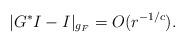
LaTeX: \begin{align*}|G^{*} I - I |_{g_F} = O (r^{-1/c}) .\end{align*}